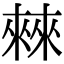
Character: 㯤